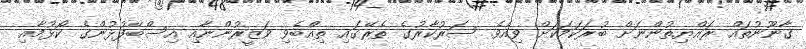
ޤާނޫނުތައް ރައްޔިތުންނަށް ބުރަކަމަކަށް ވިއެވެ. ސަރުކާރުގެ ތެރޭގައި ތިއްބެވި ވަޒީރުންނާއި އިސްބޭފުޅުންގެ ކޯޅުމާއި